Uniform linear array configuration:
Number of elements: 48
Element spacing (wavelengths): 1
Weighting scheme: exponential
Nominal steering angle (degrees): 15
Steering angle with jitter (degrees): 16.662
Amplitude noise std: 0.05
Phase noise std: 0.05

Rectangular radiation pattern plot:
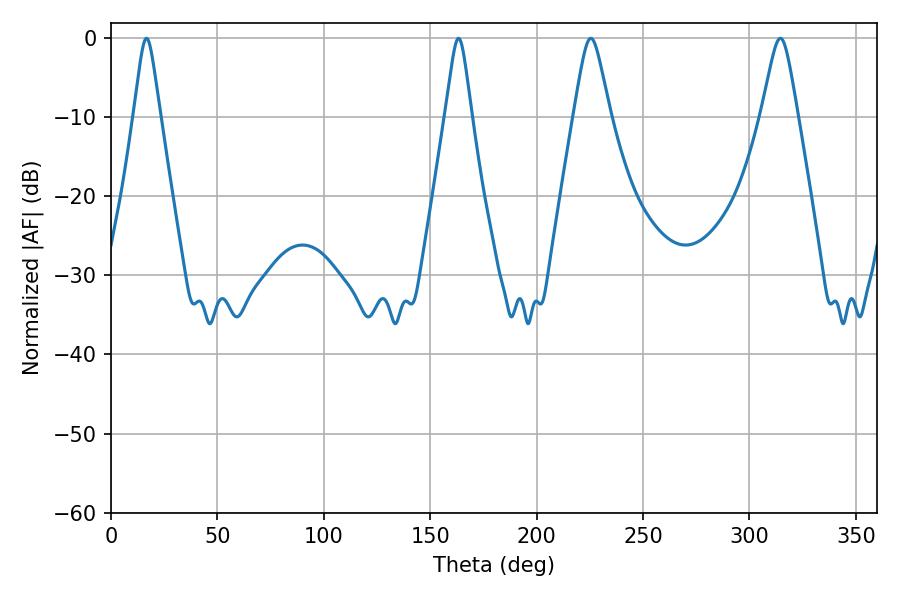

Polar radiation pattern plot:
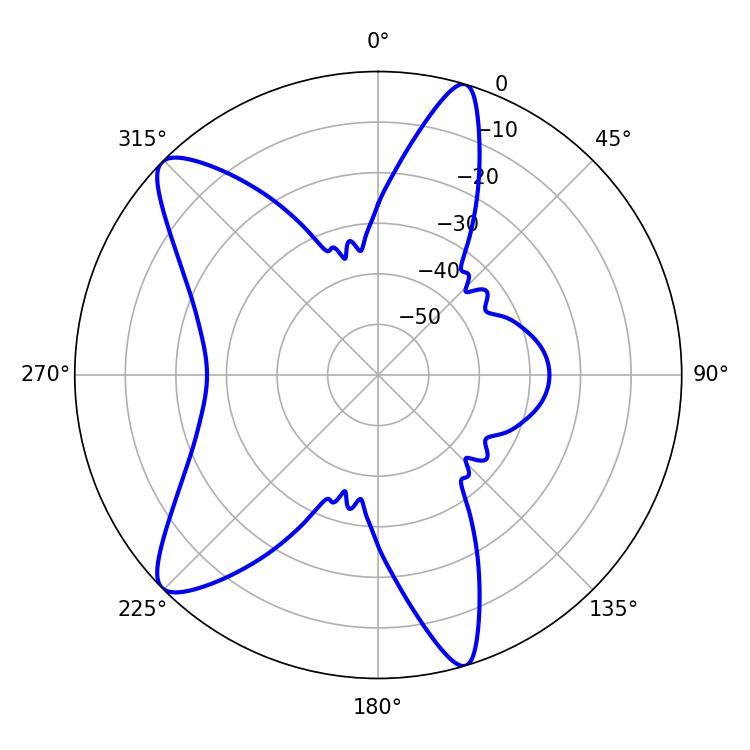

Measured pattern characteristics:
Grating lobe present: TRUE
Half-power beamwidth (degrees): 5.76
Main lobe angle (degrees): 16.74